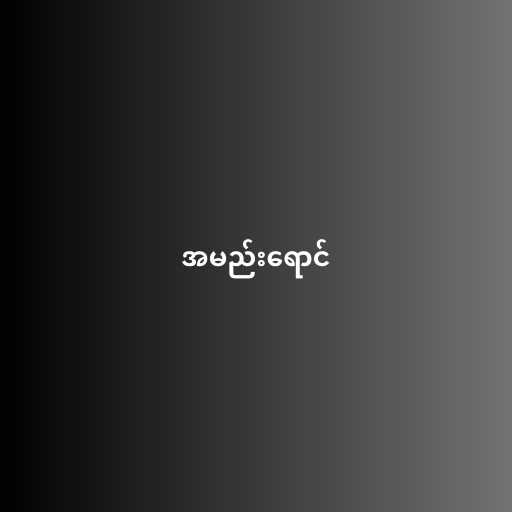
အမည်းရောင်